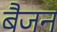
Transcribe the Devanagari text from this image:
बैजन